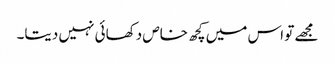
مجھے تو اس میں کچھ خاص دکھائی نہیں دیتا۔